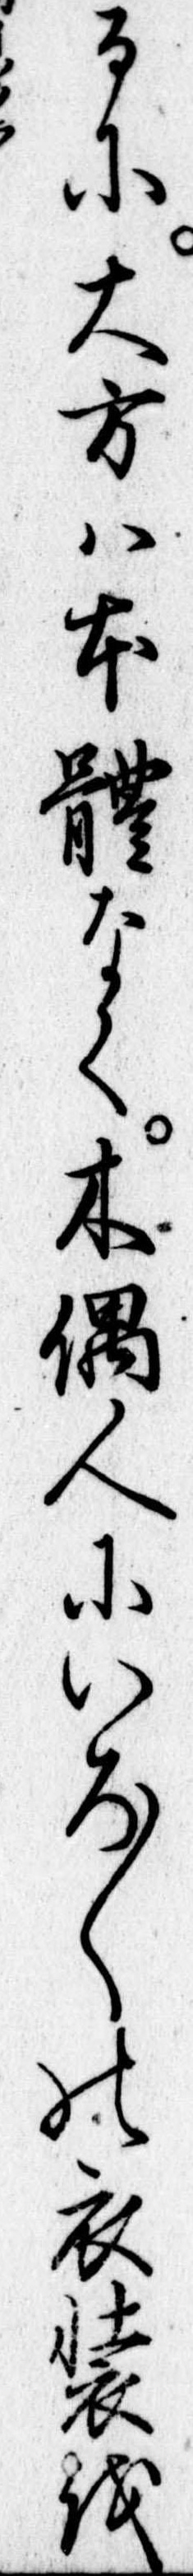
るに大方は本体なく本偶人にいろ〱の衣装を